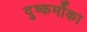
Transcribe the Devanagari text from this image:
दुष्कर्मोका